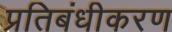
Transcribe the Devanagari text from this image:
प्रतिबंधीकरण